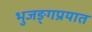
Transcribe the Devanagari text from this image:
भुजङ्गप्रयात